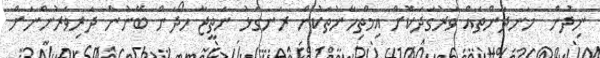
ނިދުން  ހަނދާންތައް ވަރުގަދަކޮށް އިމްތިހާނުތަކުން ރަނގަޅު ނަތީޖާ ހޯދަން ބޭނުން ދަރިވަރުންނަށް